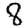
Digit: 8